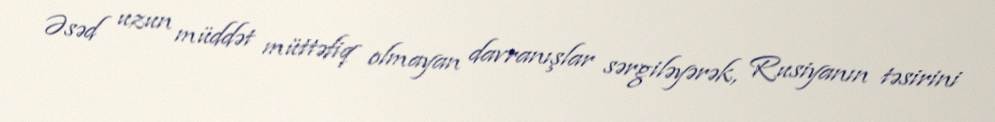
Əsəd uzun müddət müttəfiq olmayan davranışlar sərgiləyərək, Rusiyanın təsirini